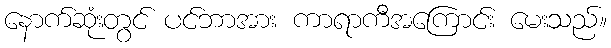
နောက်ဆုံးတွင် ပင်ဘာအား ကာရာကီအကြောင်း မေးသည်။